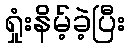
ရှုံးနိမ့်ခဲ့ပြီး